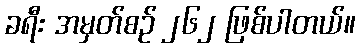
ခရီး အမှတ်စဉ် ၂၆၂ ဖြစ်ပါတယ်။